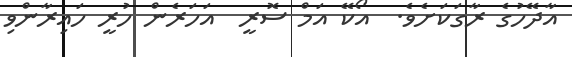
އާދޭހުގެ ރާގަކަށެވެ.  އޯކޭ އަމް ސޮރީ  އަހަރެން ހުރީ ހައިރާންވި